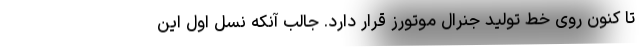
تا کنون روی خط تولید جنرال موتورز قرار دارد. جالب آنکه نسل اول این